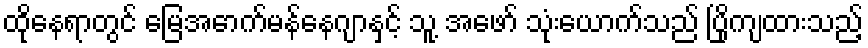
ထိုနေရာတွင် မြေအောက်မန်နေဂျာနှင့် သူ့ အဖော် သုံးယောက်သည် ပြိုကျထားသည့်